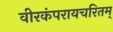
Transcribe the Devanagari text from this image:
वीरकंपरायचरितम्